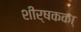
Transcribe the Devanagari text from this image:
शीर्षकका